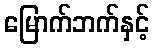
မြောက်ဘက်နှင့်